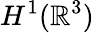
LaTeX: H^{1}(\mathbb{R}^{3})